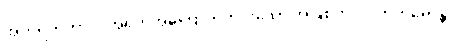
အဟိရိကဘာဝံ၊ အရှက်အကြောက်ကင်းသော အဖြစ်ကို။ ပါတုကရောန္တိ၊